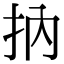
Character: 抐